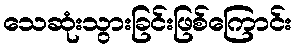
သေဆုံးသွားခြင်းဖြစ်ကြောင်း